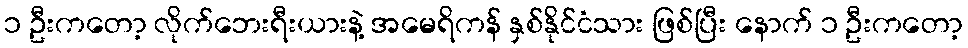
၁ ဦးကတော့ လိုက်ဘေးရီးယားနဲ့ အမေရိကန် နှစ်နိုင်ငံသား ဖြစ်ပြီး နောက် ၁ ဦးကတော့